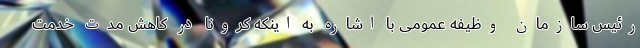
رئیس سازمان وظیفه عمومی با اشاره به اینکه کرونا در کاهش مدت خدمت